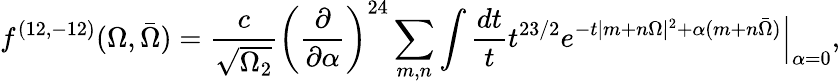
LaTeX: {f^{(12,-12)}(\Omega,\bar{\Omega})={\frac{c}{\sqrt{\Omega_{2}}}}\left({\frac{\partial}{\partial\alpha}}\right)^{24}\sum_{m,n}\int{\frac{dt}{t}}t^{23/2}\left.e^{-t|m+n\Omega|^{2}+\alpha(m+n\bar{\Omega})}\right|_{\alpha=0},}